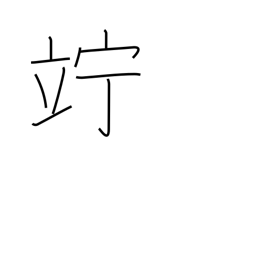
Meaning: linger